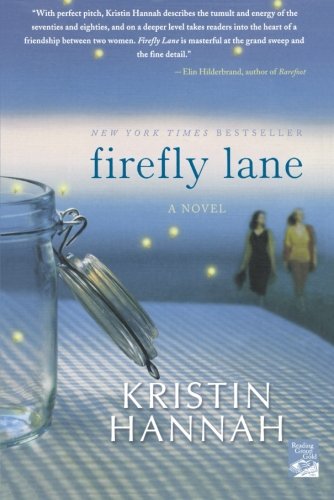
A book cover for Firefly Lane; Kristin Hannah; Literature & Fiction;